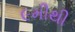
૯મીથી